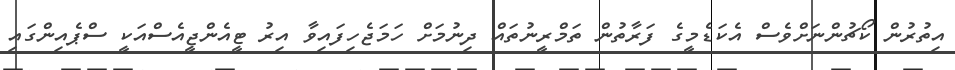
އިތުރުން ކޯޗުންނަށްވެސް އެކަޑެމީގެ ފަރާތުން ތަމްރީނުތައް ދިނުމަށް ހަމަޖެހިފައިވާ އިރު ޓީއެންޖީއެސްއަކީ ސްޕެއިންގައި